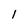
Character: 1